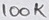
Text: 100K